Kominterni_Eesti_sektsioon_Moskvas, lk 27
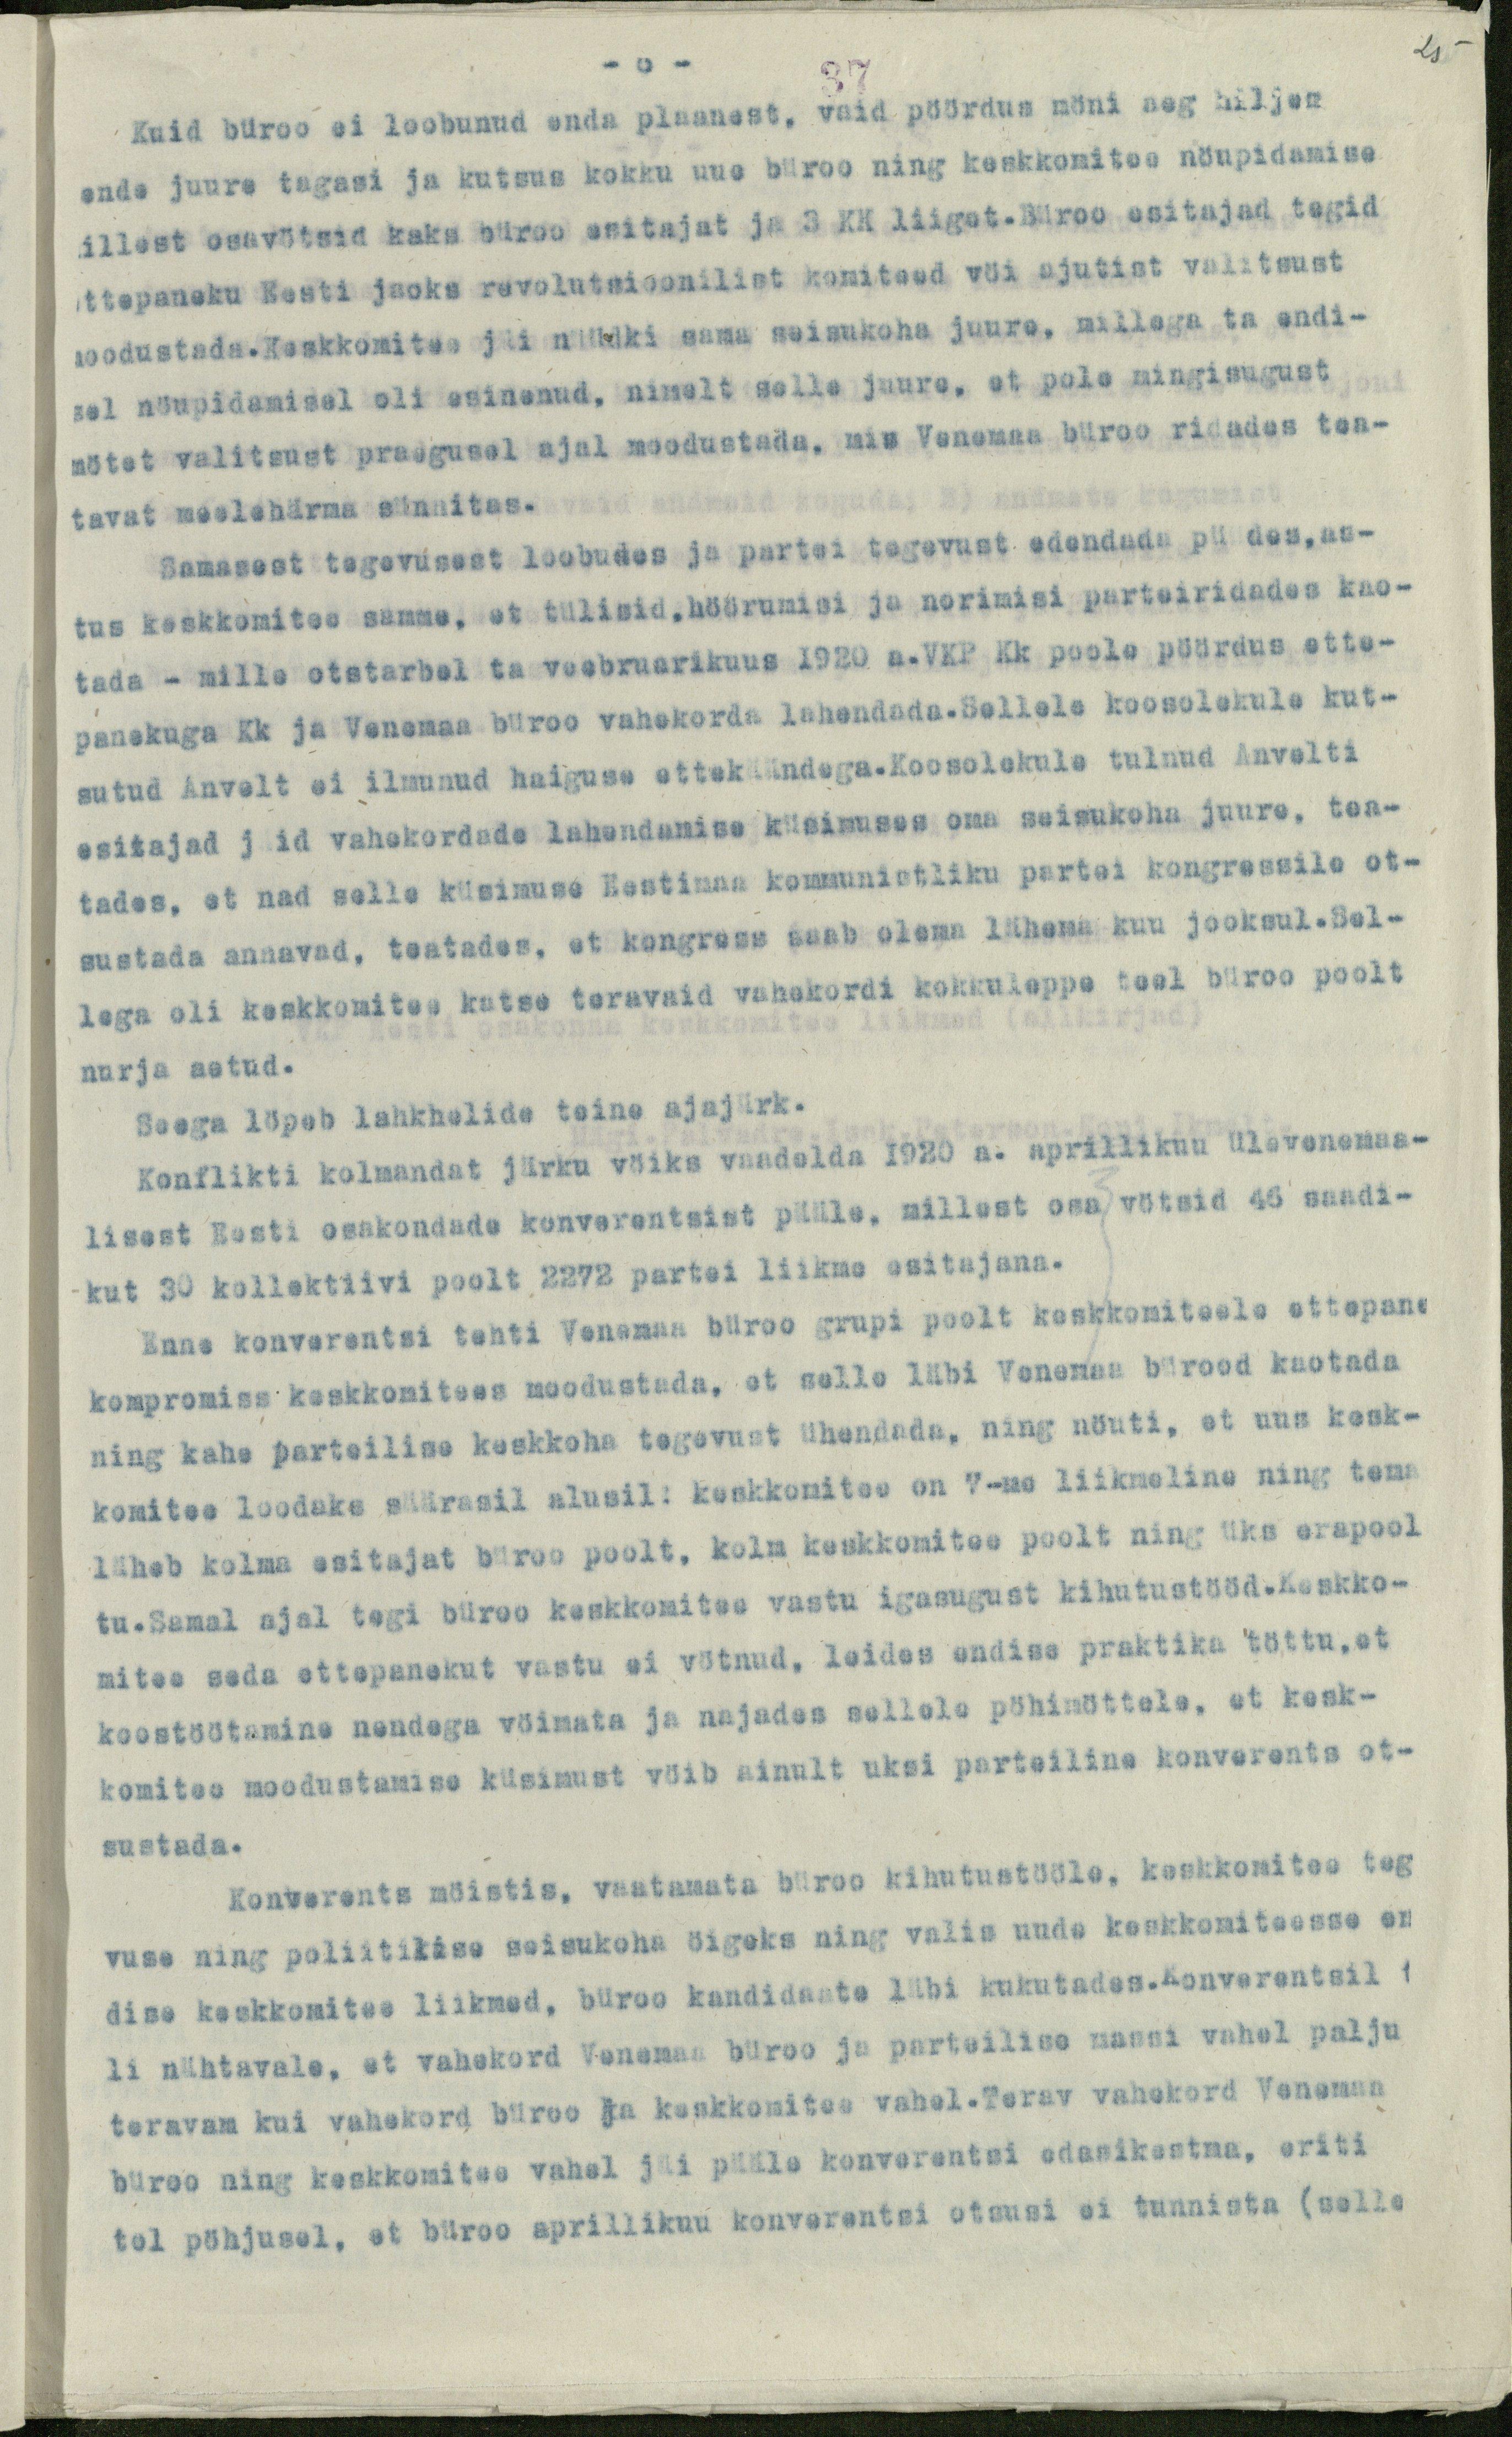
25

- 8 -
37
Kuid büroo ei loobunud enda plaanest, vaid pöördus möni aeg hiljem
ende juure tagasi ja kutsus kokku uue büroo ning keskkomitee nöupidamise
illest osavötsid kaks büroo esitajat ja 3 KK liiget. Büroo esitajad tegid
ettepaneku Eesti jaoks revolutsioonilist komiteed vöi ajutist valitsust
moodustada. Keskkomitee jäi nüüdki sama seisukoha juure, millega ta endi-
sel nöupidamisel oli esinenud, nimelt selle juure, et pole mingisugust
mötet valitsust praegusel ajal moodustada, mis Venemaa büroo ridades tea-
tavat meelehärma sünnitas.
Samasest tegevusest loobudes ja partei tegevust edendada püüdes,as-
tus keskkomitee samme, et tülisid, höörumisi ja norimisi parteiridades kao-
tada - mille otstarbel ta veebruarikuus 1920 a.VKP Kk poole pöördus ette-
panekuga Kk ja Venemaa büroo vahekorda lahendada. Sellele koosolekule kut-
sutud Anvelt ei ilmunud haiguse ettekäändega.Koosolekule tulnud Anvelti
esitajad jäid vahekordade lahendamise küsimuses oma seisukoha juure, tea-
tades, et nad selle küsimuse Eestimaa kommunistliku partei kongressile ot-
sustada annavad, teatades, et kongress saab olema lähema kuu jooksul.Sel-
lega oli keskkomitee kutse teravaid vahekordi kokkuleppe teel büroo poolt
nurja aetud.
Seega löpeb lahkhelide teine ajajärk.
Konflikti kolmandat järku vöiks vaadelda 1920 a. aprillikuu ülevenemaa-
lisest Eesti osakondade konverentsist pääle, millest osa vötsid 45 saadi-
kut 30 kollektiivi poolt 2272 partei liikme esitajana.
Enne konverentsi tehti Venemaa büroo grupi poolt keskkomiteele ettepane
kompromiss keskkomitees moodustada, et selle läbi Venemaa bürood kaotada
ning kahe parteilise keskkoha tegevust ühendada, ning nöuti, et uus kesk-
komitee loodaks säärasil alusil: keskkomitee on 7-me liikmeline ning tema
läheb kolma esitajat büroo poolt, kolm keskkomitee poolt ning üks erapool
tu.Samal ajal tegi büroo keskkomitee vastu igasugust kihutustööd.Keskko-
mitee seda ettepanekut vastu ei vötnud, leides endise praktika töttu, et
koostöötamine nendega vöimata ja najades sellele pöhimöttele, et kesk-
komitee moodustamise küsimust vöib ainult uksi parteiline konverents ot-
sustada.
Konverents möistis, vaatamata büroo kihutustööle, keskkomitee teg-
vuse ning poliitilise seisukoha öigeks ning valis uude keskkomiteesse en
dise keskkomitee liikmed, büroo kandidaate läbi kukutades. Konverentsil t
li nähtavale, et vahekord Vanemaa büroo ja parteilise massi vahel palju
teravam kui vahekord büroo ja keskkomitee vahel.Terav vahekord Venemaa
büroo ning keskkomitee vahel jäi pääle konverentsi edasikestma, eriti
tol pöhjusel, et büroo aprillikuu konverentsi otsusi ei tunnista (selle